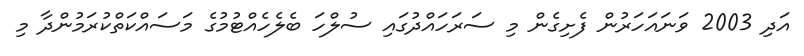
އަދި 2003 ވަނައަހަރުން ފެށިގެން މި ސަރަހައްދުގައި ސުލްހަ ބެލެހެއްޓުމުގެ މަސައްކަތްކުރަމުންދާ މި